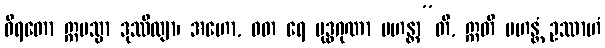
ဝိရတော ဣမသ္မာ ဒုဿီလျာ၊ အဟော, ဝတ ရေ ဗုဒ္ဓဂုဏာ မဟန္တာ”တိ, ဣတိ မဟန္တံ ဥဿာဟံ